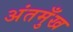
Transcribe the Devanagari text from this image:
अंतमुँख